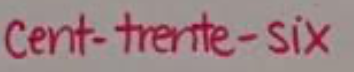
cent-trente-six